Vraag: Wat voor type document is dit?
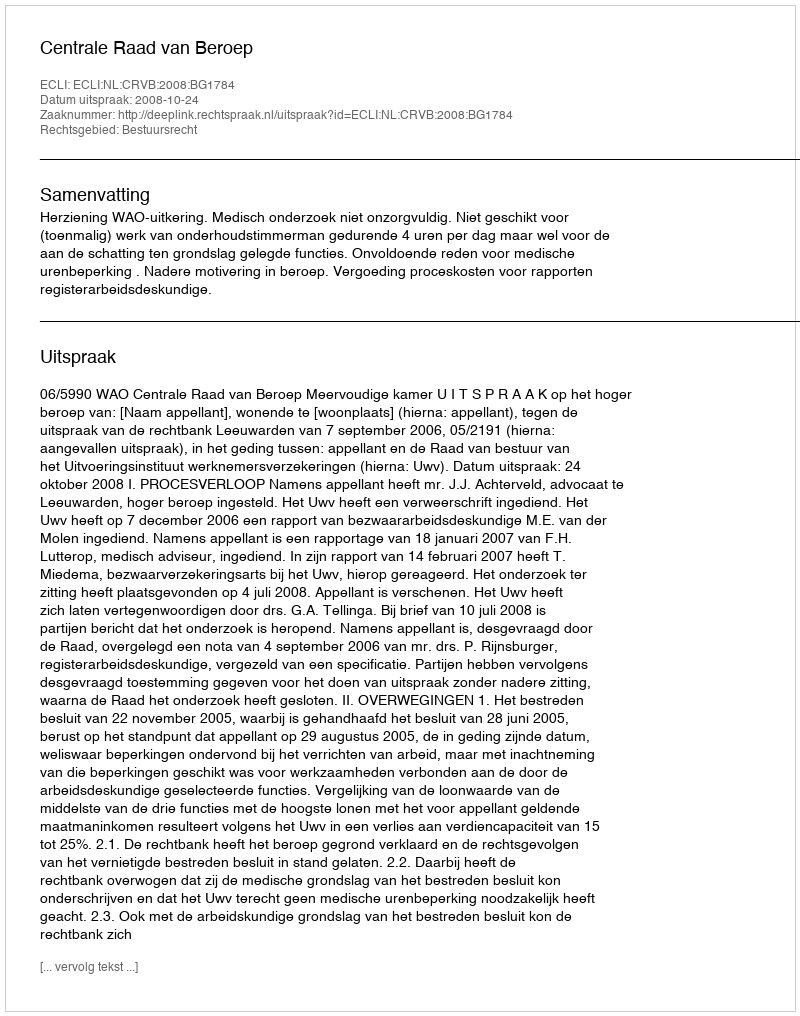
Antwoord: Uitspraak